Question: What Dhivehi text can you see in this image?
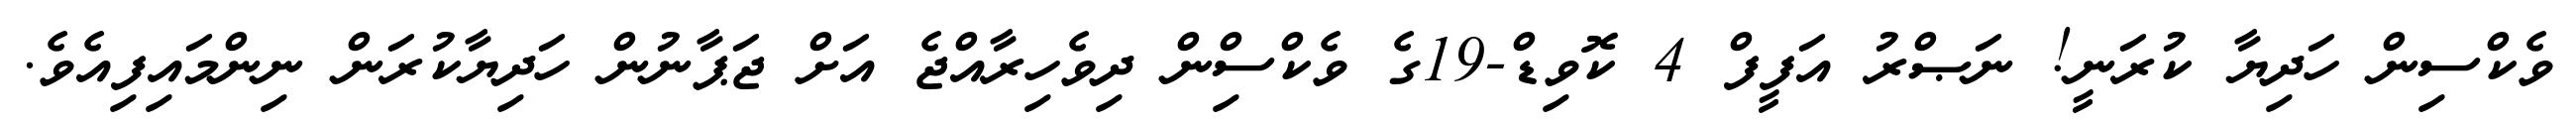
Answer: ވެކްސިން ހަދިޔާ ކުރަނީ! ނަޞްރު އަފީފް 4 ކޮވިޑް-19ގެ ވެކްސްިން ދިވެހިރާއްޖެ އަށް ޖަޕާނުން ހަދިޔާކުރަން ނިންމައިފިއެވެ.